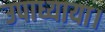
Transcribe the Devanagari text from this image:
उपाध्याया।